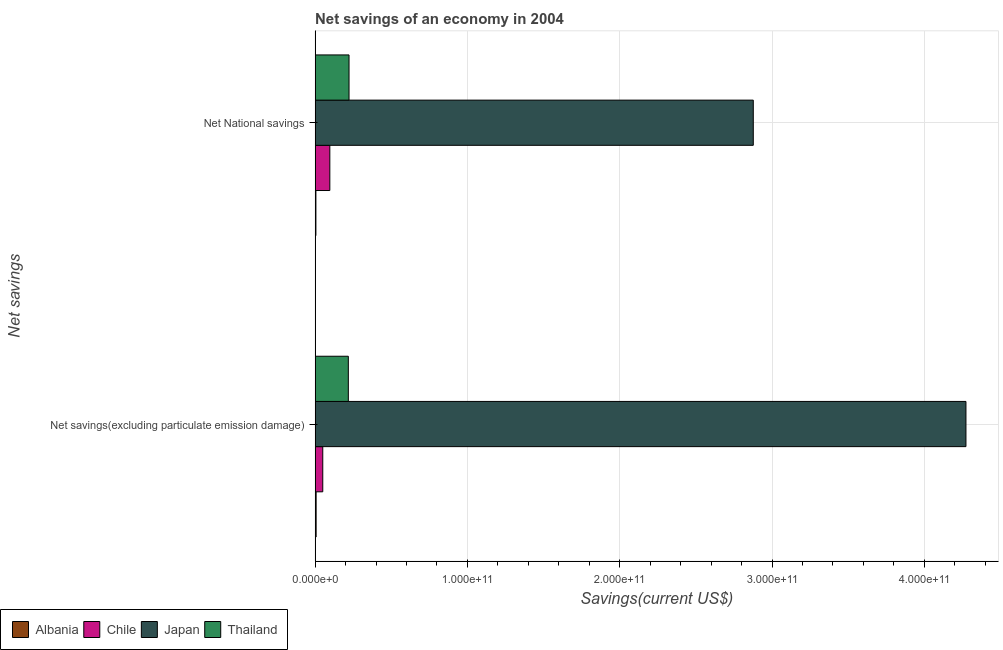
| Net savings | Albania | Chile | Japan | Thailand |
 | --- | --- | --- | --- | --- |
 | Net savings(excluding particulate emission damage) | 6.75e+08 | 5.03e+09 | 4.27e+11 | 2.18e+10 |
 | Net National savings | 5.31e+08 | 9.67e+09 | 2.88e+11 | 2.23e+10 |